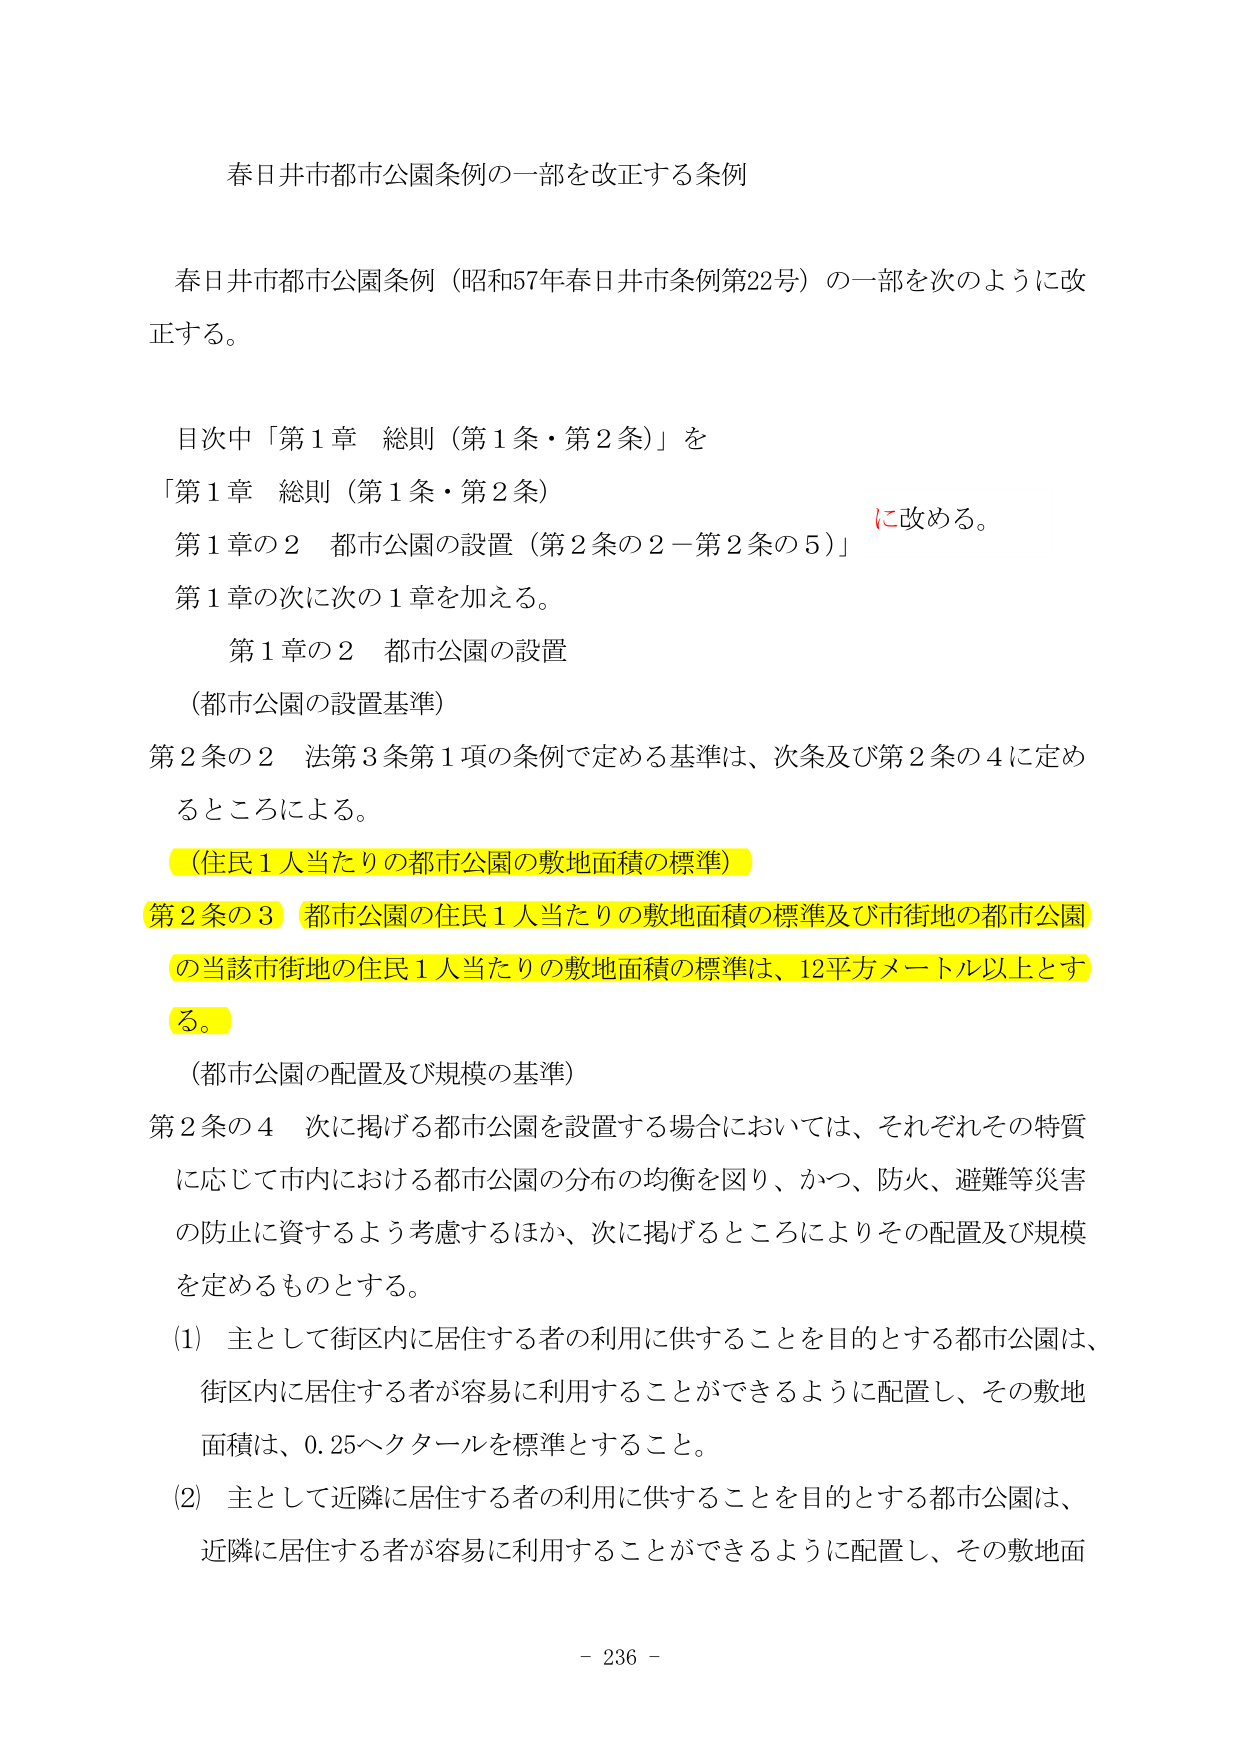
春日井市都市公園条例の一部を改正する条例

春日井市都市公園条例（昭和57年春日井市条例第22号）の一部を次のように改正する。

目次中「第1章 総則（第1条・第2条）」を
「第1章 総則（第1条・第2条）
第1章の2 都市公園の設置（第2条の2－第2条の5）」
に改める。
第1章の次に次の1章を加える。

　第1章の2 都市公園の設置
　（都市公園の設置基準）
第2条の2 法第3条第1項の条例で定める基準は、次条及び第2条の4に定めるところによる。

（住民1人当たりの都市公園の敷地面積の標準）
第2条の3 都市公園の住民1人当たりの敷地面積の標準及び市街地の都市公園の当該市街地の住民1人当たりの敷地面積の標準は、12平方メートル以上とする。

（都市公園の配置及び規模の基準）
第2条の4 次に掲げる都市公園を設置する場合においては、それぞれその特質に応じて市内における都市公園の分布の均衡を図り、かつ、防火、避難等災害の防止に資するよう考慮するほか、次に掲げるところによりその配置及び規模を定めるものとする。

(1) 主として街区内に居住する者の利用に供することを目的とする都市公園は、街区内に居住する者が容易に利用することができるように配置し、その敷地面積は、0.25ヘクタールを標準とすること。

(2) 主として近隣に居住する者の利用に供することを目的とする都市公園は、近隣に居住する者が容易に利用することができるように配置し、その敷地面

- 236 -